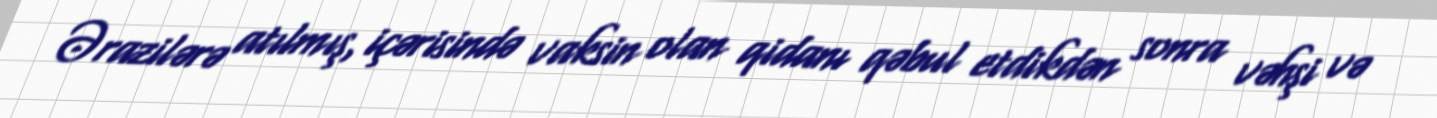
Ərazilərə atılmış, içərisində vaksin olan qidanı qəbul etdikdən sonra vəhşi və